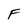
Character: F